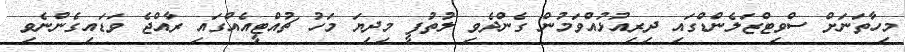
މިހާތަނަށް ސްވިޓްޒަލެންޑްގައި ދިރިއުޅުއްވަމުން ގެންދެވި ލުތުފީ މިދިޔަ މަހު ޗުއްޓީއެއްގައި ރާއްޖެ ވަޑައިގެންނެވި